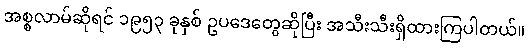
အစ္စလာမ်ဆိုရင် ၁၉၅၃ ခုနှစ် ဥပဒေတွေဆိုပြီး အသီးသီးရှိထားကြပါတယ်။